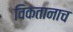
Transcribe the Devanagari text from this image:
विकतानाच